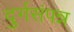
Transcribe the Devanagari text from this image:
दुर्गसंपन्न